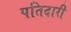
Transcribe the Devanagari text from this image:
पतिदारी